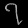
Digit: ၇